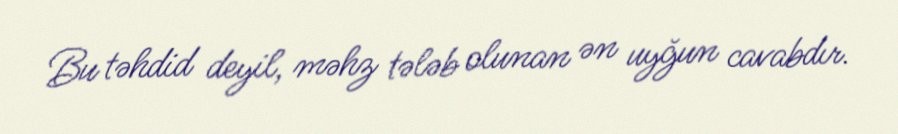
Bu təhdid deyil, məhz tələb olunan ən uyğun cavabdır.